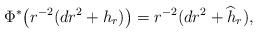
\begin{align*} \Phi^*\big(r^{-2}(dr^2+h_r)\big)=r^{-2}(dr^2+\widehat{h}_r), \end{align*}